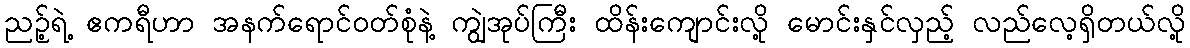
ညဉ့်ရဲ့ ဧကရီဟာ အနက်ရောင်ဝတ်စုံနဲ့ ကျွဲအုပ်ကြီး ထိန်းကျောင်းလို့ မောင်းနှင်လှည့် လည်လေ့ရှိတယ်လို့